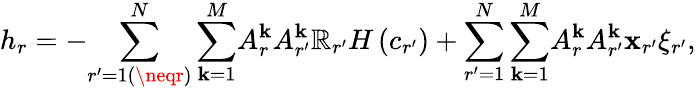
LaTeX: h_{r}=-{\sum_{r^{\prime}=1(\neqr)}^{N}\sum_{\mathbf{k}=1}^{M}}A_{r}^{\mathbf{k}}A_{r^{\prime}}^{\mathbf{k}}\mathbb{R}_{r^{\prime}}H\left(c_{r^{\prime}}\right)+{\sum_{r^{\prime}=1}^{N}\sum_{\mathbf{k}=1}^{M}}A_{r}^{\mathbf{k}}A_{r^{\prime}}^{\mathbf{k}}\mathbf{x}_{r^{\prime}}\xi_{r^{\prime}},